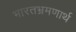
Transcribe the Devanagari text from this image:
भारतभ्रमणार्थ